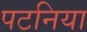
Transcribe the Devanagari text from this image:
पटनिया